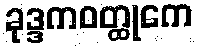
ခုဒ္ဒကဝတ္ထုကေ